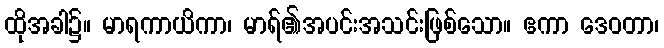
ထိုအခါ၌။ မာရကာယိကာ၊ မာရ်၏အပင်းအသင်းဖြစ်သော။ ဧကာ ဒေဝတာ၊